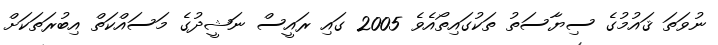
ނުވަތަ ޤައުމުގެ ސިޔާސަތު ތަކުގައިތޯއެވެ 2005 ގައި ރައީސް ނަޝީދުގެ މަސައްކަތް އިބުރަތަކަށް